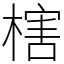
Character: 㮫